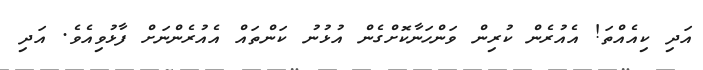
އަދި ކިއެއްތަ! އެއުރެން ކުރިން ވަންހަނާކޮށްގެން އުޅުނު ކަންތައް އެއުރެންނަށް ފާޅުވިއެވެ. އަދި